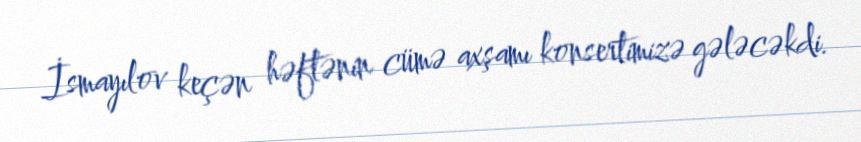
İsmayılov keçən həftənin cümə axşamı konsertimizə gələcəkdi.